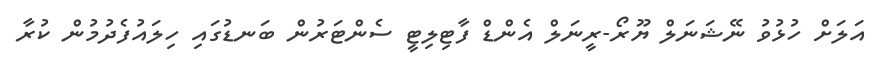
އަލަށް ހުޅުވު ނޭޝަނަލް ޔޫރޯ-ރީނަލް އެންޑް ފާޓިލިޓީ ސެންޓަރުން ބަނޑުގައި ހިލައުފެދުމުން ކުރާ